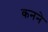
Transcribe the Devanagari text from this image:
कनने